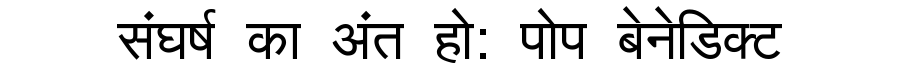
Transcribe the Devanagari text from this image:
संघर्ष का अंत हो: पोप बेनेडिक्ट